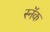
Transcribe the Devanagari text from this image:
स्नॅक